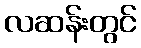
လဆန်းတွင်